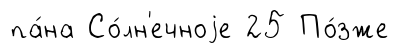
па́на Со́лн'ечноjе 25 По́зже